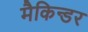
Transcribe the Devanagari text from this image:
मैकिन्डर